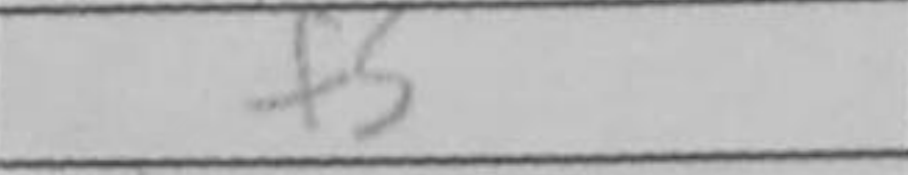
Transcription: f5